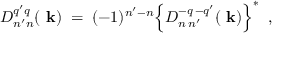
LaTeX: { \cal D } _ { n ^ { \prime } n } ^ { q ^ { \prime } q } ( \mathrm { \bf ~ k } ) \; = \; ( - 1 ) ^ { n ^ { \prime } - n } \Bigl \{ { \cal D } _ { n \, n ^ { \prime } } ^ { - q \, - q ^ { \prime } } ( \mathrm { \bf ~ k } ) \Bigr \} ^ { \ast } \; \; ,